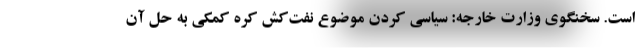
است. سخنگوی وزارت خارجه: سیاسی کردن موضوع نفت‌کش کره کمکی به حل آن